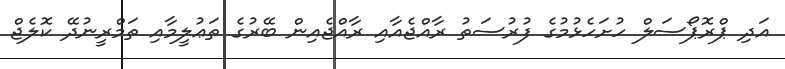
އަދި ޕްރޮޕޯސަލް ހުށަހެޅުމުގެ ފުރުސަތު ރާއްޖެއާއި ރާއްޖެއިން ބޭރުގެ ތަޢުލީމާއި ތަމްރީނުދޭ ކޮލެޖް